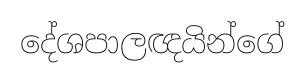
දේශපාලඥයින්ගේ